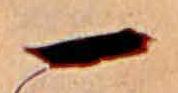
一